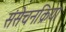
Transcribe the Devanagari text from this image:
संसेचनक्रिया